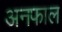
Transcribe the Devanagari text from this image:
अनफाल